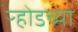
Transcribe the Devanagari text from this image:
ऱ्होडच्या